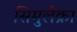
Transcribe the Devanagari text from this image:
सिमुलैक्रा